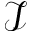
\mathcal { I }